Vaccination in Bombay 1924-1928 - 1924-1928
Year: 1924
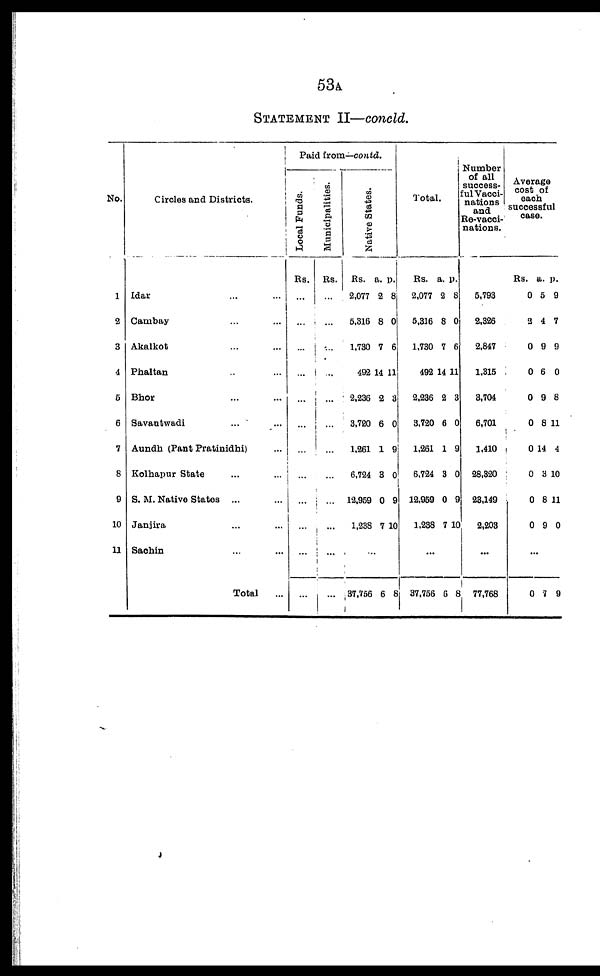
53A
STATEMENT II—concld.
No.
1
2
3
4
5
6
7
8
9
10
11
Circles and Districts.
Idar ... ...
Cambay ... ...
Akalkot ... ...
Phaltan ... ...
Bhor ... ...
Savantwadi ... ...
Aundh (Pant Pratinidhi) ...
Kolhapur State ... ...
S. M. Native States ... ...
Janjira ... ...
Sachin ... ...
Total
...
Paid from—contd.
Local Funds.
Rs.
...
...
...
...
...
...
...
...
...
...
...
...
Municipalities.
Rs.
...
...
...
...
...
...
...
...
...
...
...
...
Native States.
Rs.
2,077
5,316
1,730
492
2,236
3,720
1,261
6,724
12,959
1,238
a.
2
8
7
14
2
6
1
3
0
7
p.
8
0
6
11
3
0
9
0
9
10
...
37,756 6 8
Total.
Rs.
2,077
5,316
1,730
492
2,236
3,720
1,261
6,724
12,959
1,238
a.
2
8
7
14
2
6
1
3
0
7
p.
8
0
6
11
3
0
9
0
9
10
...
37,756 6 8
Number
of all
success-
ful Vacci-
nations
and
Re-vacci-
nations.
5,793
2,326
2,847
1,315
3,704
6,701
1,410
28,320
23,149
2,203
...
77,768
Average
cost of
each
successful
case.
Rs.
0
2
0
0
0
0
0
0
0
0
a.
5
4
9
6
9
8
14
3
8
9
p.
9
7
9
0
8
11
4
10
11
0
...
0 7 9